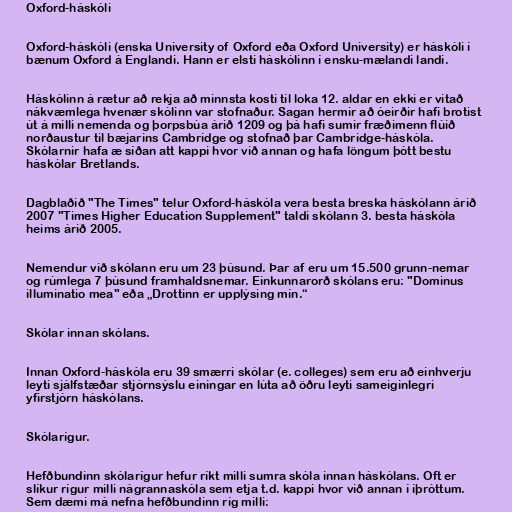
Oxford-háskóli

Oxford-háskóli (enska University of Oxford eða Oxford University) er háskóli í
bænum Oxford á Englandi. Hann er elsti háskólinn í ensku-mælandi landi.

Háskólinn á rætur að rekja að minnsta kosti til loka 12. aldar en ekki er vitað
nákvæmlega hvenær skólinn var stofnaður. Sagan hermir að óeirðir hafi brotist
út á milli nemenda og þorpsbúa árið 1209 og þá hafi sumir fræðimenn flúið
norðaustur til bæjarins Cambridge og stofnað þar Cambridge-háskóla.
Skólarnir hafa æ síðan att kappi hvor við annan og hafa löngum þótt bestu
háskólar Bretlands.

Dagblaðið "The Times" telur Oxford-háskóla vera besta breska háskólann árið
2007 "Times Higher Education Supplement" taldi skólann 3. besta háskóla
heims árið 2005.

Nemendur við skólann eru um 23 þúsund. Þar af eru um 15.500 grunn-nemar
og rúmlega 7 þúsund framhaldsnemar. Einkunnarorð skólans eru: "Dominus
illuminatio mea" eða „Drottinn er upplýsing mín.“

Skólar innan skólans.

Innan Oxford-háskóla eru 39 smærri skólar (e. colleges) sem eru að einhverju
leyti sjálfstæðar stjórnsýslu einingar en lúta að öðru leyti sameiginlegri
yfirstjórn háskólans.

Skólarígur.

Hefðbundinn skólarígur hefur ríkt milli sumra skóla innan háskólans. Oft er
slíkur rígur milli nágrannaskóla sem etja t.d. kappi hvor við annan í íþróttum.
Sem dæmi má nefna hefðbundinn ríg milli: